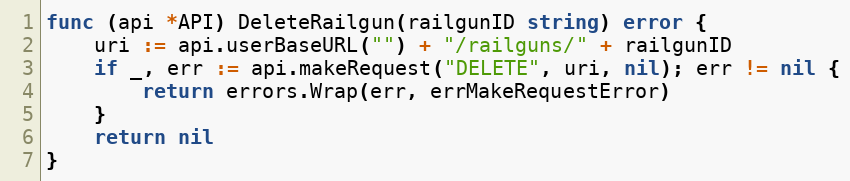
Language: Go
func (api *API) DeleteRailgun(railgunID string) error {
	uri := api.userBaseURL("") + "/railguns/" + railgunID
	if _, err := api.makeRequest("DELETE", uri, nil); err != nil {
		return errors.Wrap(err, errMakeRequestError)
	}
	return nil
}